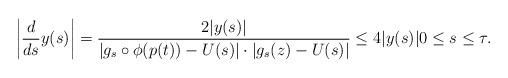
LaTeX: \begin{align*}\left|\frac{d}{ds}y(s) \right| = \frac{2|y(s)|}{| g_s\circ\phi(p(t))-U(s)|\cdot |g_s(z) -U(s)|} \leq 4|y(s)| 0\leq s\leq \tau. \end{align*}